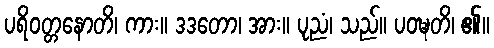
ပရိဝတ္တနောတိ၊ ကား။ ဒဒတော၊ အား။ ပုညံ၊ သည်။ ပဝဍ္ဎတိ၊ ၏။